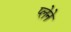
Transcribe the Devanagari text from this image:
प्लेने